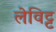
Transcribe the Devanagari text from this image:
लेविट्ट